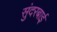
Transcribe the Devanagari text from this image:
सुंदरबाई